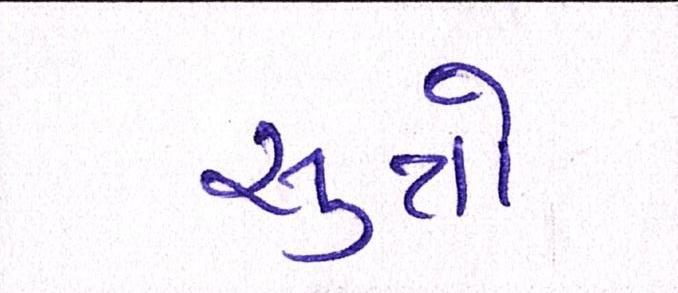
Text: સુત્રો